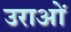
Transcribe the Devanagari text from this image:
उराओं